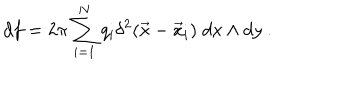
d f = 2 \pi \sum _ { i = 1 } ^ { N } q _ { i } \delta ^ { 2 } ( \vec { x } - \vec { x } _ { i } ) \; d x \wedge d y ~ .